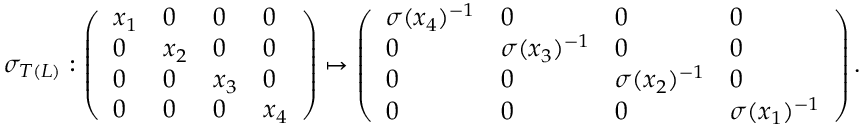
\sigma _ { T ( L ) } : \left( \begin{array} { l l l l } { x _ { 1 } } & { 0 } & { 0 } & { 0 } \\ { 0 } & { x _ { 2 } } & { 0 } & { 0 } \\ { 0 } & { 0 } & { x _ { 3 } } & { 0 } \\ { 0 } & { 0 } & { 0 } & { x _ { 4 } } \end{array} \right) \mapsto \left( \begin{array} { l l l l } { \sigma ( x _ { 4 } ) ^ { - 1 } } & { 0 } & { 0 } & { 0 } \\ { 0 } & { \sigma ( x _ { 3 } ) ^ { - 1 } } & { 0 } & { 0 } \\ { 0 } & { 0 } & { \sigma ( x _ { 2 } ) ^ { - 1 } } & { 0 } \\ { 0 } & { 0 } & { 0 } & { \sigma ( x _ { 1 } ) ^ { - 1 } } \end{array} \right) .